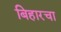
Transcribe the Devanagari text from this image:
बिहारचा